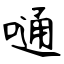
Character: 嗵